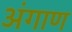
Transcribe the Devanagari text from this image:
अंगाण